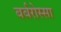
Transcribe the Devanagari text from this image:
बर्बरोस्सा